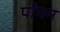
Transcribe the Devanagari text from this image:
पाँयन